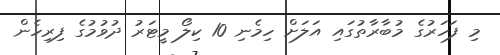
މި ފަހަރުގެ މުބާރާތުގައި އަލަށް ހިމެނި 10 ކިލޯ މީޓަރު ދުވުމުގެ ފިރިހެން